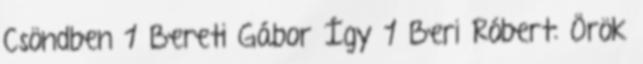
Csöndben 1 Bereti Gábor Így 1 Beri Róbert: Örök